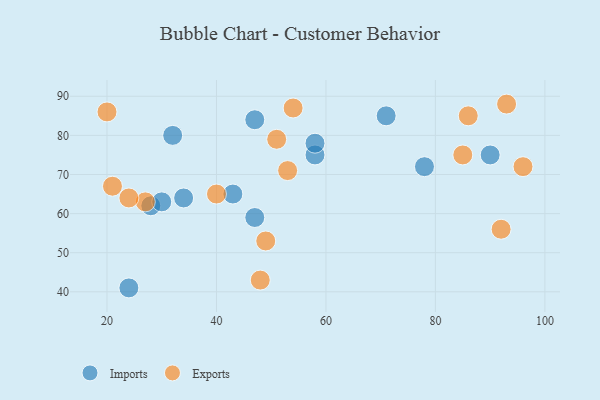
{"axis": {"x": "GDP", "y": "Life Expectancy"}, "legend": ["Exports", "Imports"], "data": [{"x": "58", "y": 75, "type": "Imports"}, {"x": "47", "y": 84, "type": "Imports"}, {"x": "28", "y": 62, "type": "Imports"}, {"x": "90", "y": 75, "type": "Imports"}, {"x": "34", "y": 64, "type": "Imports"}, {"x": "43", "y": 65, "type": "Imports"}, {"x": "71", "y": 85, "type": "Imports"}, {"x": "47", "y": 59, "type": "Imports"}, {"x": "24", "y": 41, "type": "Imports"}, {"x": "32", "y": 80, "type": "Imports"}, {"x": "58", "y": 78, "type": "Imports"}, {"x": "30", "y": 63, "type": "Imports"}, {"x": "78", "y": 72, "type": "Imports"}, {"x": "53", "y": 71, "type": "Exports"}, {"x": "27", "y": 63, "type": "Exports"}, {"x": "40", "y": 65, "type": "Exports"}, {"x": "86", "y": 85, "type": "Exports"}, {"x": "96", "y": 72, "type": "Exports"}, {"x": "48", "y": 43, "type": "Exports"}, {"x": "85", "y": 75, "type": "Exports"}, {"x": "49", "y": 53, "type": "Exports"}, {"x": "24", "y": 64, "type": "Exports"}, {"x": "92", "y": 56, "type": "Exports"}, {"x": "20", "y": 86, "type": "Exports"}, {"x": "54", "y": 87, "type": "Exports"}, {"x": "21", "y": 67, "type": "Exports"}, {"x": "93", "y": 88, "type": "Exports"}, {"x": "51", "y": 79, "type": "Exports"}]}